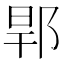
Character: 𨛎